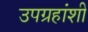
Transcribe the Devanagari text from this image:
उपग्रहांशी